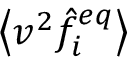
\left\langle v ^ { 2 } \hat { f } _ { i } ^ { e q } \right\rangle